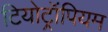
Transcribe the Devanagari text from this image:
टियोट्रॉपियम